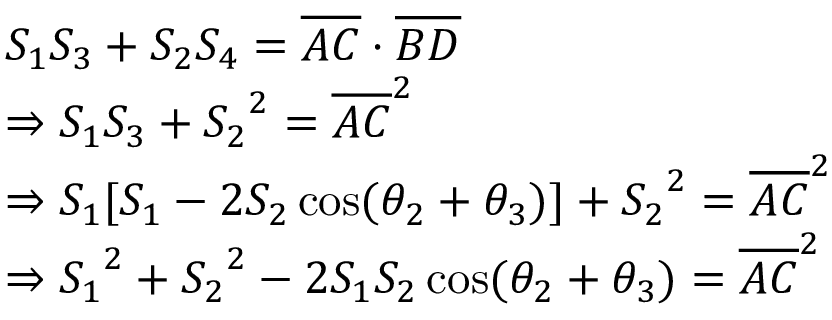
\begin{array} { l c l } { S _ { 1 } S _ { 3 } + S _ { 2 } S _ { 4 } = { \overline { { A C } } } \cdot { \overline { { B D } } } } \\ { \Rightarrow S _ { 1 } S _ { 3 } + { S _ { 2 } } ^ { 2 } = { \overline { { A C } } } ^ { 2 } } \\ { \Rightarrow S _ { 1 } [ S _ { 1 } - 2 S _ { 2 } \cos ( \theta _ { 2 } + \theta _ { 3 } ) ] + { S _ { 2 } } ^ { 2 } = { \overline { { A C } } } ^ { 2 } } \\ { \Rightarrow { S _ { 1 } } ^ { 2 } + { S _ { 2 } } ^ { 2 } - 2 S _ { 1 } S _ { 2 } \cos ( \theta _ { 2 } + \theta _ { 3 } ) = { \overline { { A C } } } ^ { 2 } } \end{array}